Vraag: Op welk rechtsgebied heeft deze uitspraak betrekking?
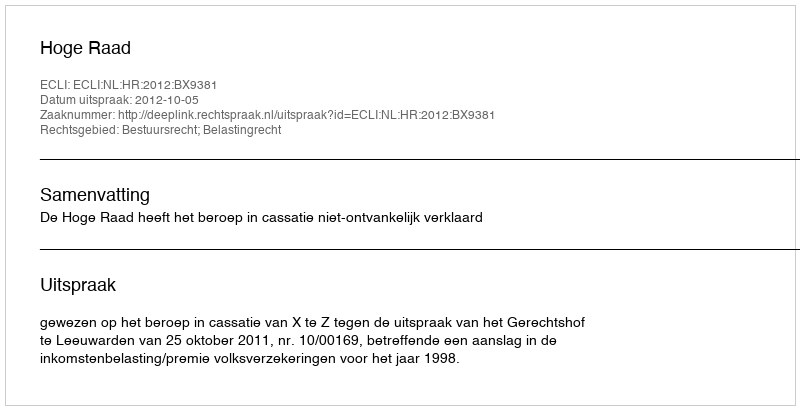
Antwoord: Bestuursrecht; Belastingrecht